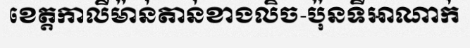
ខេត្តកាលីម៉ាន់តាន់ខាងលិច-ប៉ុនទីអាណាក់